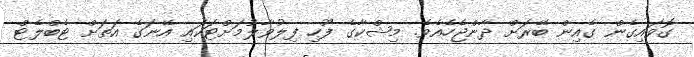
ގޮވައިގެން ގެއިން ބޭރަށް ދާންޖެހެއެވެ. މިޝްކާގެ ފޫހި ފިލުވާލުމަށްޓަކައި އޭނަގެ އަތަށް ޓެބްލެޓް